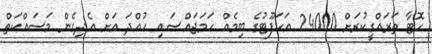
ހޮޓާ ތަރައްގީކުރަށް 24000 އަކަފޫޓުގެ ބިމެއް ހަމަޖައްސައި ހުއްދަ އަށް އެދިގެން މަސައްކަތް